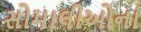
સોમાલીઓના